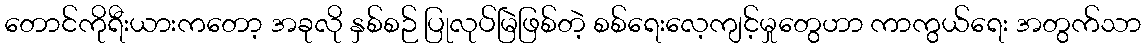
တောင်ကိုရီးယားကတော့ အခုလို နှစ်စဉ် ပြုလုပ်မြဲဖြစ်တဲ့ စစ်ရေးလေ့ကျင့်မှုတွေဟာ ကာကွယ်ရေး အတွက်သာ